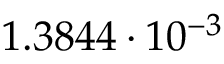
1 . 3 8 4 4 \cdot 1 0 ^ { - 3 }